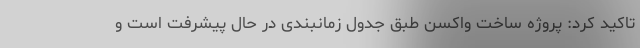
تاکید کرد: پروژه ساخت واکسن طبق جدول زمانبندی در حال پیشرفت است و